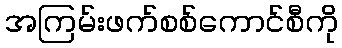
အကြမ်းဖက်စစ်ကောင်စီကို